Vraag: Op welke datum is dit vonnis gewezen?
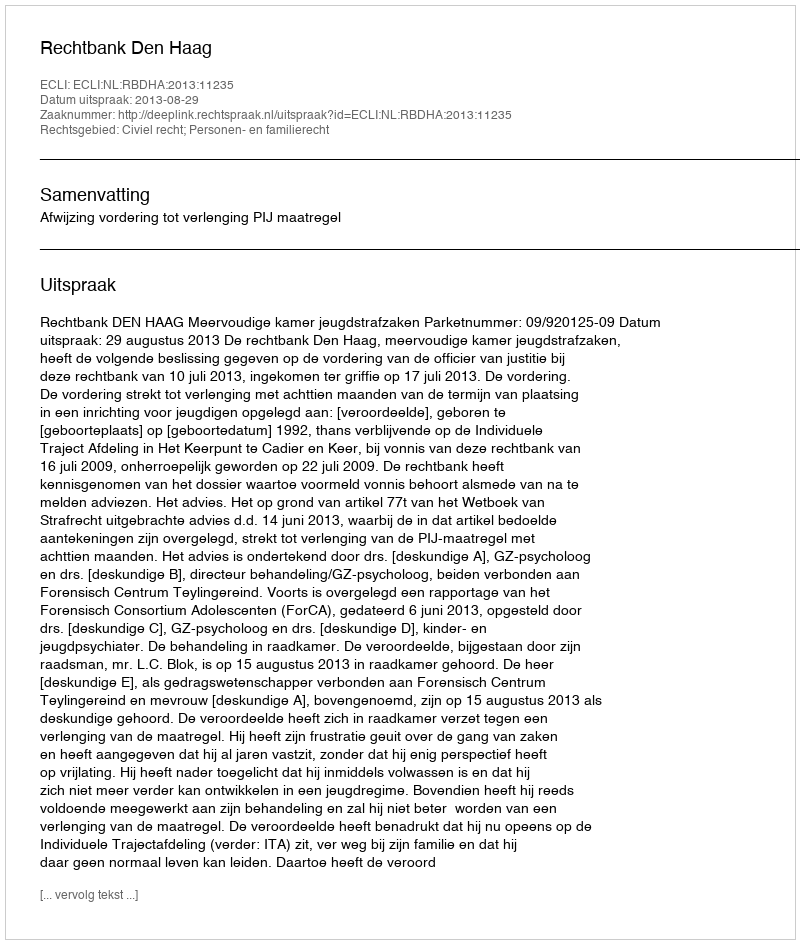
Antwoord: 2013-08-29